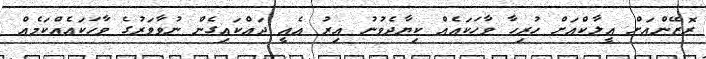
ރޮޒޭންއަށް އީލާކްއަށް ހުރިހާ ވާހަކައެއް ކިޔާދެވުނު އިރު އެއީ ދައްކައިގެން ނުވާވަރުގެ ވާހަކައެއްކަމެއް